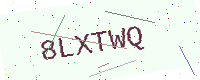
Text: 8LXTWQ